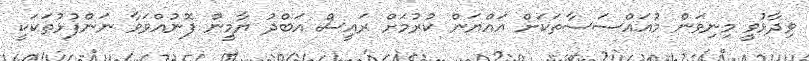
ވިދާޅުވީ މިނިވަން މުއައްސަސާތަކަށް އައްޔަން ކުރުމަށް ރައީސް އަބްދު ޔާމީން ފޮނުއްވަވާ ނަންފުޅުތަކަކީ